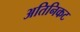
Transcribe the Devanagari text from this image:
अतिनिकट